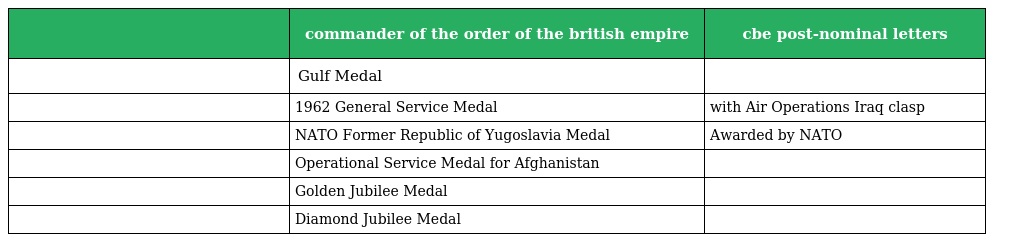
|  | commander of the order of the british empire | cbe post-nominal letters |
 | --- | --- | --- |
 |  | Gulf Medal |  |
 |  | 1962 General Service Medal | with Air Operations Iraq clasp |
 |  | NATO Former Republic of Yugoslavia Medal | Awarded by NATO |
 |  | Operational Service Medal for Afghanistan |  |
 |  | Golden Jubilee Medal |  |
 |  | Diamond Jubilee Medal |  |